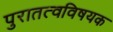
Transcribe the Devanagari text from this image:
पुरातत्वविषयक